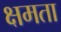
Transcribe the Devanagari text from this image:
क्षमता